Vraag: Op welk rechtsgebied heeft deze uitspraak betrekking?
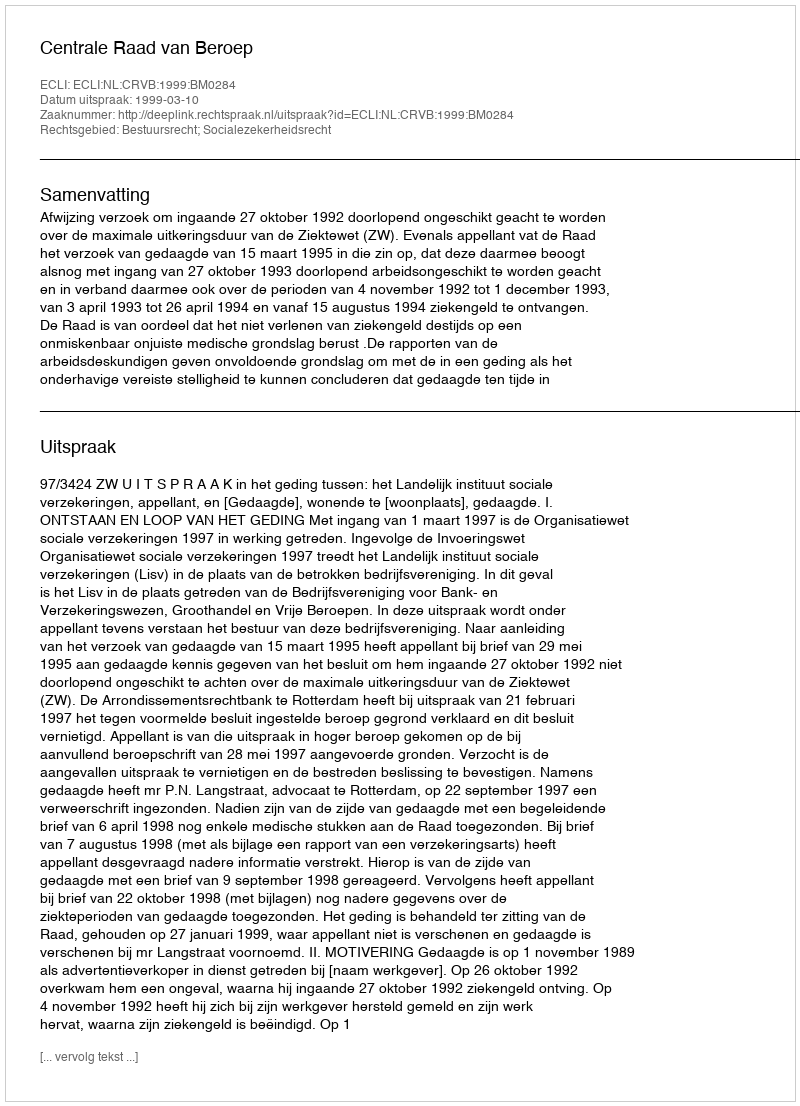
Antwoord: Bestuursrecht; Socialezekerheidsrecht